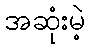
အဆုံးမဲ့